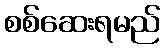
စစ်ဆေးရမည်